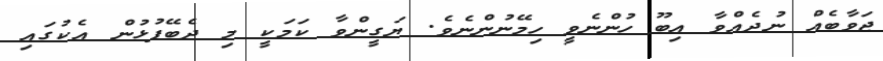
ޖަވާބެއް ނުދެއްވާ އިބޫ ހުންނެވީ ހިމޭނުންނެވެ. ޔަގީންވާ ކަމަކީ މި ދެބޭފުޅުން އެކުގައި